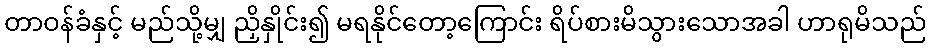
တာဝန်ခံနှင့် မည်သို့မျှ ညှိနှိုင်း၍ မရနိုင်တော့ကြောင်း ရိပ်စားမိသွားသောအခါ ဟာရုမိသည်